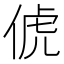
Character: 俿